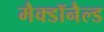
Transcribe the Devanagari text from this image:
मैक्डॉनैल्ड